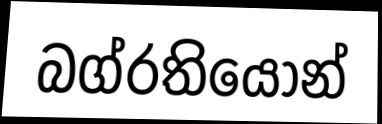
බග්රතියොන්